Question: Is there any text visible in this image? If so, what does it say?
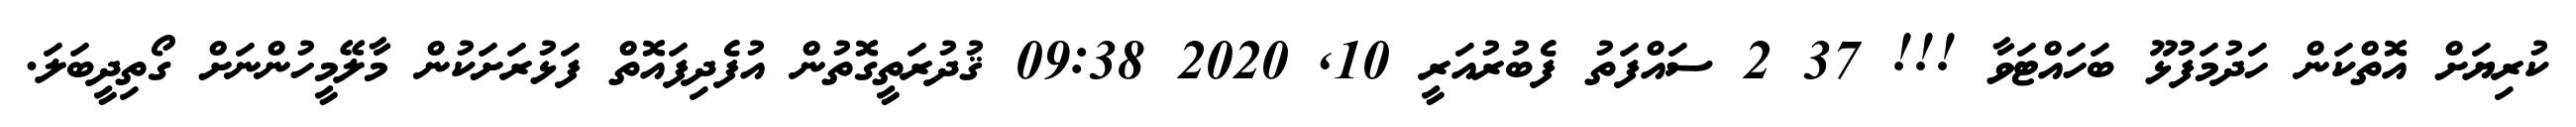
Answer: ކުރިޔަށް އޮތްކަން ހަދުމަފުޅޫ ބަހައްޓަވާ !!! 37 2 ސައްފަތު ފެބުރުއަރީ 10, 2020 09:38 ޤުދުރަތީގޮތުން އުފެދިފައޮތް ފަޅުރަށަކުން މާލޭމީހުންނަށް ގޯތިދީބަލަ.